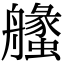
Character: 𦪶